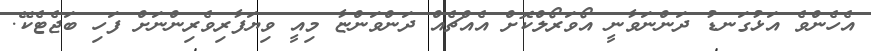
އެހެންވެ އަޅުގަނޑު ދަންނަވާނީ އޯވަރޯލްކޮށް އެއްޗެއް ދަންވަންޏާ މިއީ ވިޔަފާރިވެރިންނަށް ފަހި ބަޖެޓެކޭ.